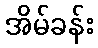
အိမ်ခန်း